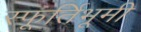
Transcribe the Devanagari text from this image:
स्फूर्तिभूमी